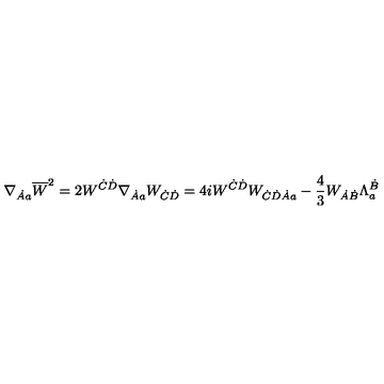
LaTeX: \nabla _ { \dot { A } a } \overline { { W } } ^ { 2 } = 2 W ^ { \dot { C } \dot { D } } \nabla _ { \dot { A } a } W _ { \dot { C } \dot { D } } = 4 i W ^ { \dot { C } \dot { D } } W _ { \dot { C } \dot { D } \dot { A } a } - \frac { 4 } { 3 } W _ { \dot { A } \dot { B } } \Lambda _ { a } ^ { \dot { B } }